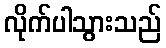
လိုက်ပါသွားသည်